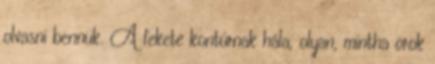
olvasni bennük. A fekete kontúrnak hála, olyan, mintha örök